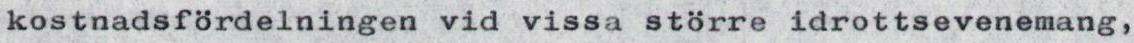
kostnadsfördelningen vid vissa större idrottsevenemang,